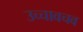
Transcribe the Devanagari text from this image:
उच्चावचव